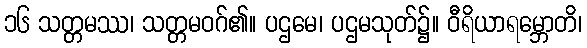
၁၆ သတ္တမဿ၊ သတ္တမဝဂ်၏။ ပဌမေ၊ ပဌမသုတ်၌။ ဝီရိယာရမ္ဘောတိ၊